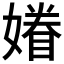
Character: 𡡀